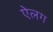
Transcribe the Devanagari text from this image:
ऐलग